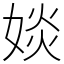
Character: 婒